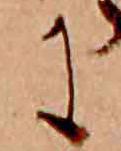
に